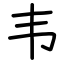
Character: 韦